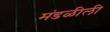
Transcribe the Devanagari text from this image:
मंडळीली